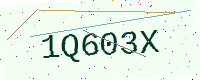
Text: 1Q603X